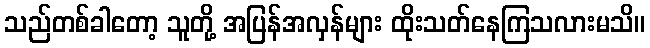
သည်တစ်ခါတော့ သူတို့ အပြန်အလှန်များ ထိုးသတ်နေကြသလားမသိ။